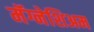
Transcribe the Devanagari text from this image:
मॅग्नेशिअम